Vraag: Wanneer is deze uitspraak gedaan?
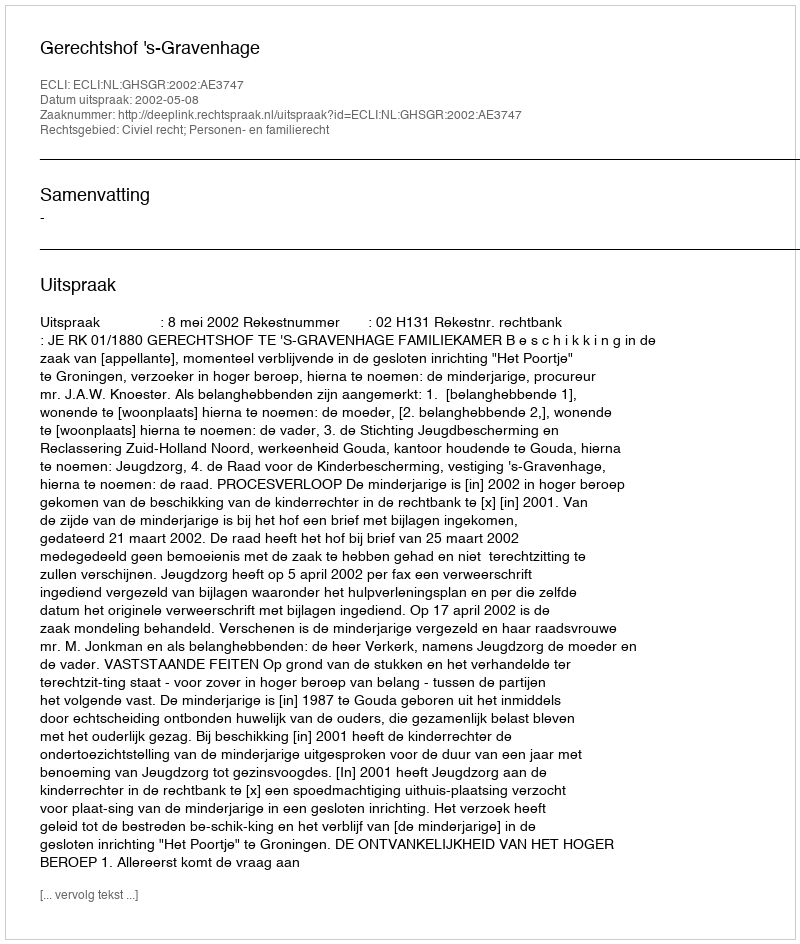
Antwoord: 2002-05-08